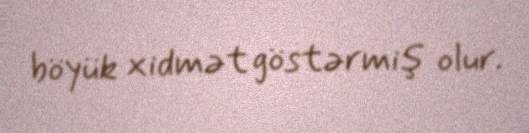
böyük xidmət göstərmiş olur.